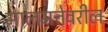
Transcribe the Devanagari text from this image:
मालमत्तेवरील